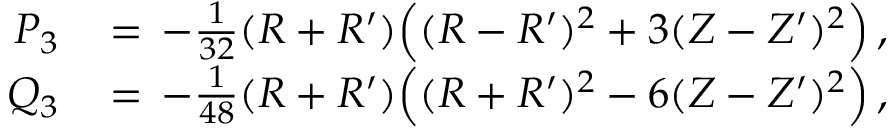
\begin{array} { r l } { P _ { 3 } \, } & { = \, - \frac { 1 } { 3 2 } ( R + R ^ { \prime } ) \Bigl ( ( R - R ^ { \prime } ) ^ { 2 } + 3 ( Z - Z ^ { \prime } ) ^ { 2 } \Bigr ) \, , } \\ { Q _ { 3 } \, } & { = \, - \frac { 1 } { 4 8 } ( R + R ^ { \prime } ) \Bigl ( ( R + R ^ { \prime } ) ^ { 2 } - 6 ( Z - Z ^ { \prime } ) ^ { 2 } \Bigr ) \, , } \end{array}